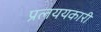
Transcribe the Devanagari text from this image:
प्रलययकारी